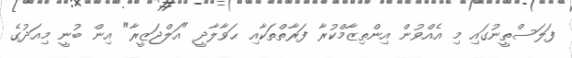
ފަލަސްތީނުގައި މި އެއްވުން އިންތިޒާމްކުރާ ފަރާތްތަކާއި ޙަވާލާދީ "އަލްޖަޒީރާ" އިން ބުނީ މިއަދުގެ